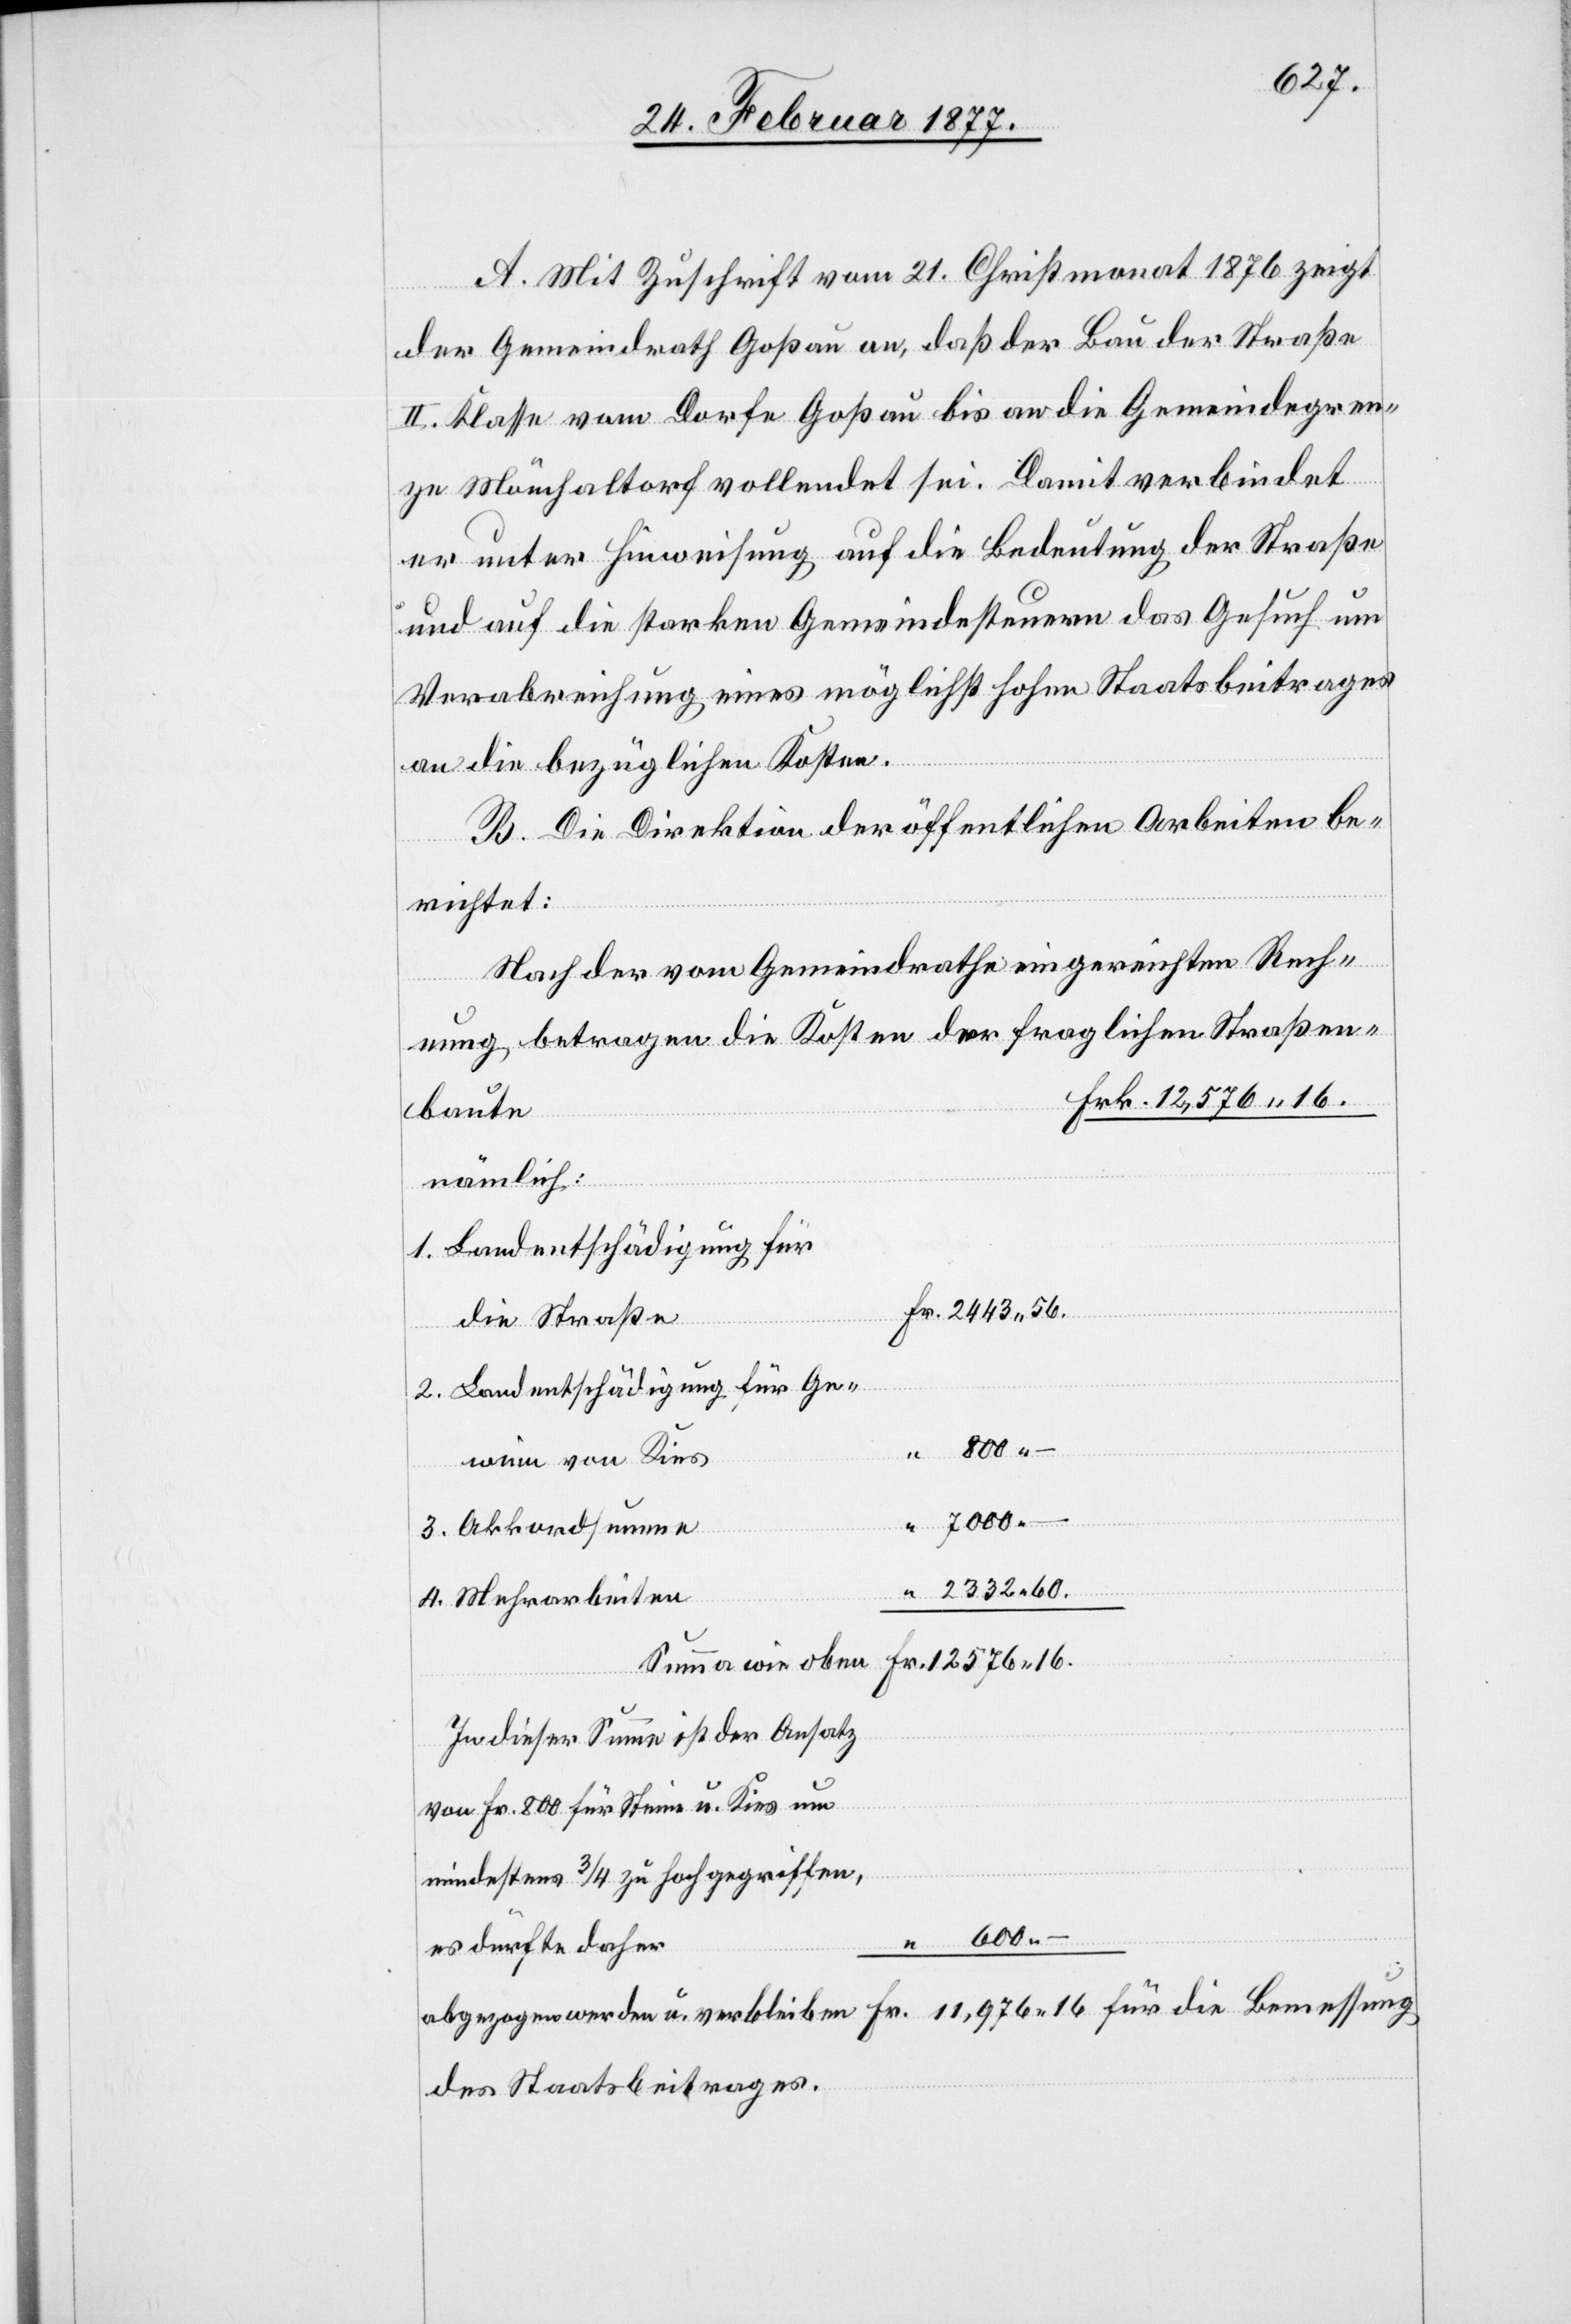
600.
A. Mit Zuschrift vom 21. Christmonat 1876 zeigt
Fr.
der Gemeindrath Goßau an, daß der Bau der Straße
II. Klasse vom Dorfe Goßau bis an die Gemeindegren¬
ze Mönchaltorf vollendet sei. Damit verbindet
er unter Hinweisung auf die Bedeutung der Straße
und auf die starken Gemeindesteuern das Gesuch um
Verabreichung eines möglichst hohen Staatsbeitrages
an die bezüglichen Kosten.
B. Die Direktion der öffentlichen Arbeiten be¬
richtet:
Nach der vom Gemeindrathe eingereichten Rech¬
nung betragen die Kosten der fraglichen Straßen¬
Frk. 12,576.16.
baute
nämlich:
1. Landentschädigung für
die Straße
2. Landentschädigung für Ge¬
7000. –
winn von Kies
für die Bemessung
3. Akkordsumme
2332.60
4. Mehrarbeiten
In dieser Summe ist der Ansatz
von Fr. 800 für Streue u. Kies um
mindestens 3/4 zu hoch gegriffen,
es dürfte daher
des Staatsbeitrages.